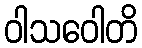
ဝါသဝေါတိ